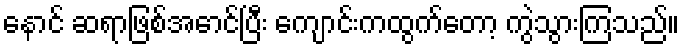
နောင် ဆရာဖြစ်အောင်ပြီး ကျောင်းကထွက်တော့ ကွဲသွားကြသည်။